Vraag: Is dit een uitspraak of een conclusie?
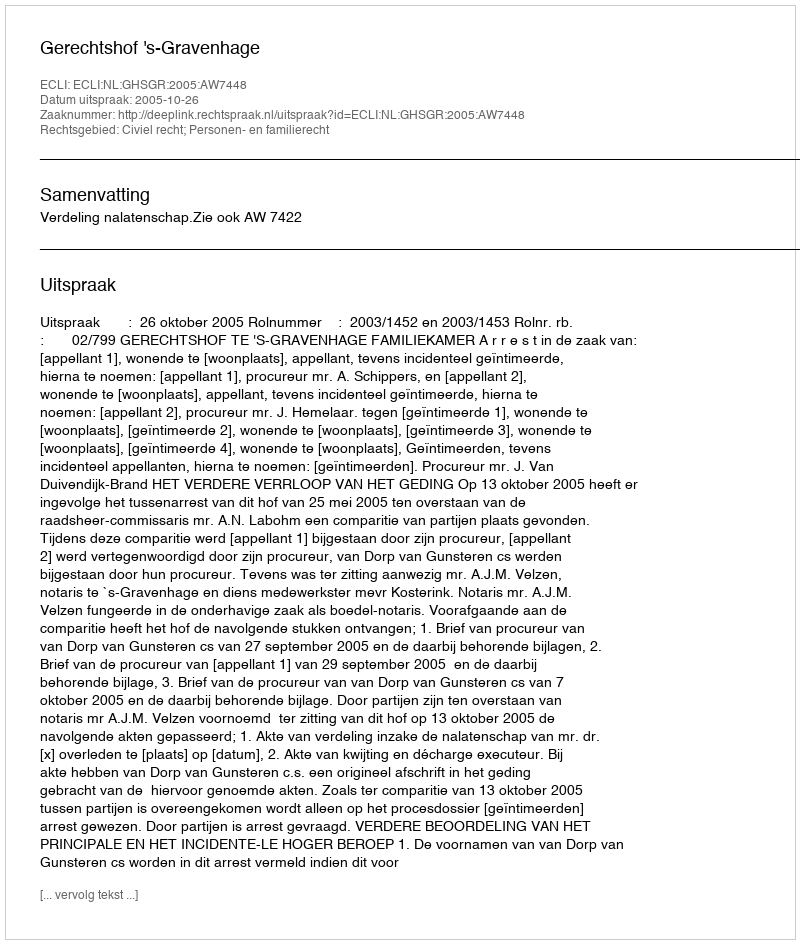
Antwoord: Uitspraak